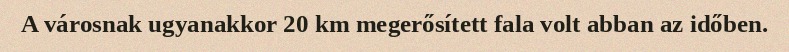
A városnak ugyanakkor 20 km megerősített fala volt abban az időben.